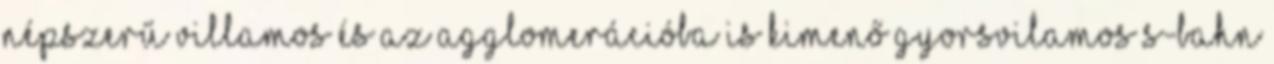
népszerű villamos és az agglomerációba is kimenő gyorsvilamos S-bahn